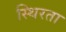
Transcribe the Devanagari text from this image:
स्थिरता